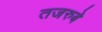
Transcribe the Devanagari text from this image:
तजरुबे